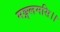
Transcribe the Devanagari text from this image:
मङ्गलमसि।।